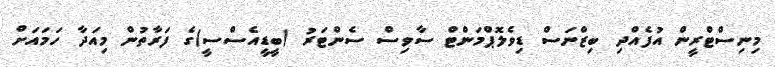
މިނިސްޓްރީން އުފެއްދި ބިޒްނަސް ޑިވެލޮޕްމަންޓް ސާވިސް ސެންޓަރު (ބީޑީއެސްސީ)ގެ ފަރާތުން މިއަދާ ހަމައަށް